Rangoon Lunatic Asylum 1878-1892 - 1878-1892
Year: 1878
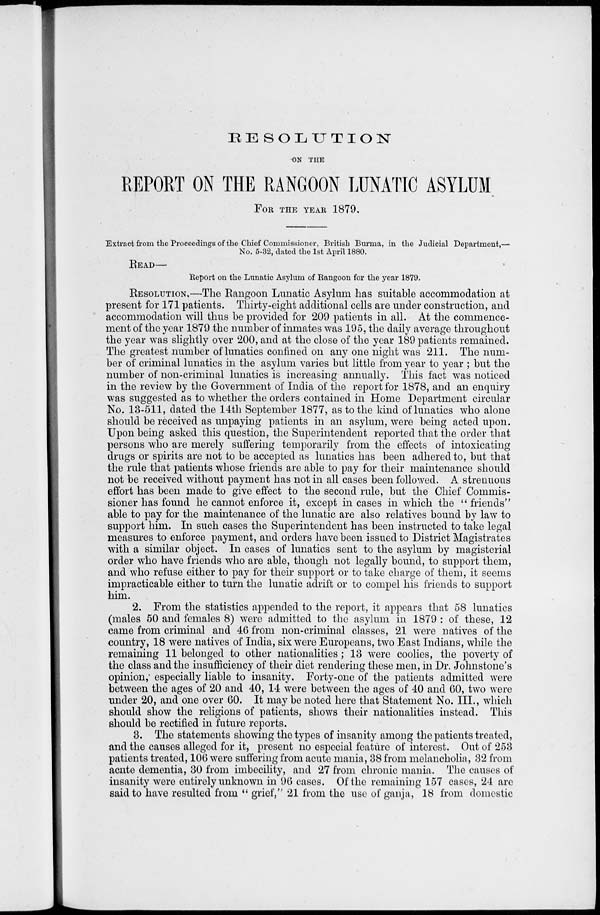
RESOLUTION
ON THE
REPORT ON THE RANGOON LUNATIC ASYLUM
FOR THE YEAR 1879.
Extract from the Proceedings of the Chief Commissioner, British Burma, in the Judicial Department,—
No. 5-32, dated the 1st April 1880.
READ—
Report on the Lunatic Asylum of Rangoon for the year 1879.
RESOLUTION.—The Rangoon Lunatic Asylum has suitable accommodation at
present for 171 patients. Thirty-eight additional cells are under construction, and
accommodation will thus be provided for 209 patients in all. At the commence-
ment of the year 1879 the number of inmates was 195, the daily average throughout
the year was slightly over 200, and at the close of the year 189 patients remained.
The greatest number of lunatics confined on any one night was 211. The num-
ber of criminal lunatics in the asylum varies but little from year to year ; but the
number of non-criminal lunatics is increasing annually. This fact was noticed
in the review by the Government of India of the report for 1878, and an enquiry
was suggested as to whether the orders contained in Home Department circular
No. 13-511, dated the 14th September 1877, as to the kind of lunatics who alone
should be received as unpaying patients in an asylum, were being acted upon.
Upon being asked this question, the Superintendent reported that the order that
persons who are merely suffering temporarily from the effects of intoxicating
drugs or spirits are not to be accepted as lunatics has been adhered to, but that
the rule that patients whose friends are able to pay for their maintenance should
not be received without payment has not in all cases been followed. A strenuous
effort has been made to give effect to the second rule, but the Chief Commis-
sioner has found he cannot enforce it, except in cases in which the "friends"
able to pay for the maintenance of the lunatic are also relatives bound by law to
support him. In such cases the Superintendent has been instructed to take legal
measures to enforce payment, and orders have been issued to District Magistrates
with a similar object. In cases of lunatics sent to the asylum by magisterial
order who have friends who are able, though not legally bound, to support them,
and who refuse either to pay for their support or to take charge of them, it seems
impracticable either to turn the lunatic adrift or to compel his friends to support
him.
2. From the statistics appended to the report, it appears that 58 lunatics
(males 50 and females 8) were admitted to the asylum in 1879 : of these, 12
came from criminal and 46 from non-criminal classes, 21 were natives of the
country, 18 were natives of India, six were Europeans, two East Indians, while the
remaining 11 belonged to other nationalities; 13 were coolies, the poverty of
the class and the insufficiency of their diet rendering these men, in Dr. Johnstone's
opinion,' especially liable to insanity. Forty-one of the patients admitted were
between the ages of 20 and 40, 14 were between the ages of 40 and 60, two were
under 20, and one over 60. It may be noted here that Statement No. III., which
should show the religions of patients, shows their nationalities instead. This
should be rectified in future reports.
3. The statements showing the types of insanity among the patients treated,
and the causes alleged for it, present no especial feature of interest. Out of 253
patients treated, 106 were suffering from acute mania, 38 from melancholia, 32 from
acute dementia, 30 from imbecility, and 27 from chronic mania. The causes of
insanity were entirely unknown in 96 cases. Of the remaining 157 cases, 24 are
said to have resulted from " grief," 21 from the use of ganja, 18 from domestic